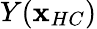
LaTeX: Y(\mathbf{x}_{HC})